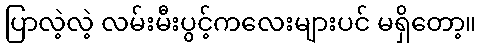
ပြာလဲ့လဲ့ လမ်းမီးပွင့်ကလေးများပင် မရှိတော့။